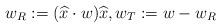
LaTeX: \begin{align*} w_{R}:=(\widehat{x}\cdot w)\widehat{x}, w_{T}:=w-w_{R}\end{align*}